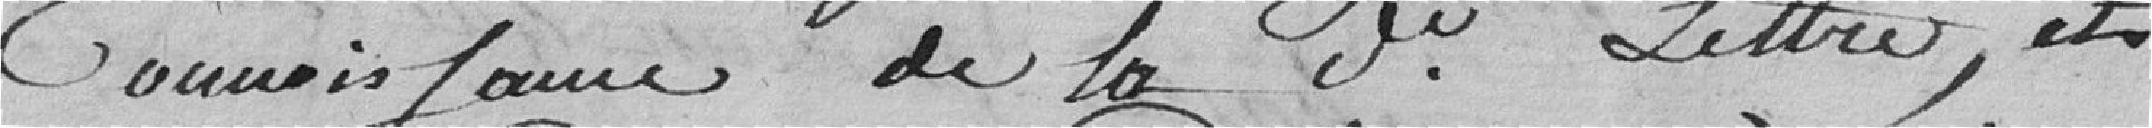
connaissance de ladite lettre, et